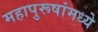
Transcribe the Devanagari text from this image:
महापुरूषांमध्ये